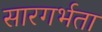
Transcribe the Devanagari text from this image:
सारगर्भता